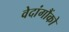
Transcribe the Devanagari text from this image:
वेदांगौंको